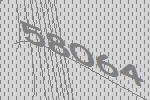
58064